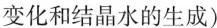
变化和结晶水的生成)